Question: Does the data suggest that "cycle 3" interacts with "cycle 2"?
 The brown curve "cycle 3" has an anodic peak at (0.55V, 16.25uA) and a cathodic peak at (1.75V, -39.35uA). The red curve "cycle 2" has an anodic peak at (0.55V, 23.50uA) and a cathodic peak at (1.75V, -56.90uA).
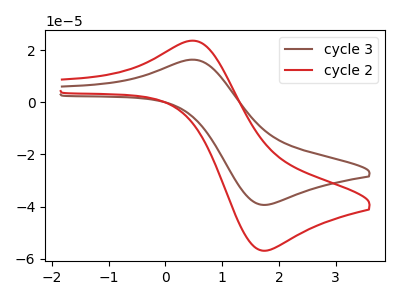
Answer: <think>All the peaks in "cycle 3" have a peak in "cycle 2" at the same potential. Every peak in "cycle 3" is lower than every peak in "cycle 2".
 </think>
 <answer>No, "cycle 3" and "cycle 2" don't appear to be significantly different in shape</answer>
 <eval>no_change</eval>